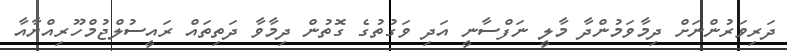
ދަރިވަރުންނަށް ދިމާވަމުންދާ މާލީ ނަފްސާނީ އަދި ވަގުތުގެ ގޮތުން ދިމާވާ ދަތިތައް ރައީސުލްޖުމްހޫރިއްޔާއާ